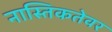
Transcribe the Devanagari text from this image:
नास्तिकतेवर